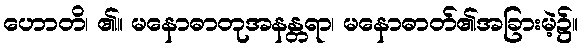
ဟောတိ၊ ၏။ မနောဓာတုအနန္တရာ၊ မနောဓာတ်၏အခြားမဲ့၌။